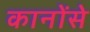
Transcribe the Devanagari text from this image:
कानोंसे